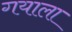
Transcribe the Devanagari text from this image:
गयाला